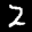
Label: 2